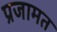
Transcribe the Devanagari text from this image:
प्रजामत